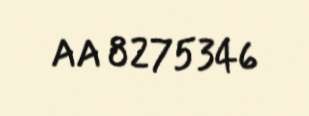
AA 8275346